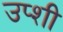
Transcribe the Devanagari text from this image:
उप्शी